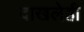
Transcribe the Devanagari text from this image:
दाखलेही